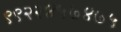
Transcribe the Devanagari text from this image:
९९२२४५७४७५